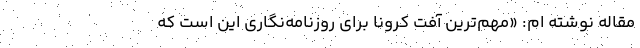
مقاله نوشته ام: «مهم‌ترین آفت کرونا برای روزنامه‌نگاری این است که